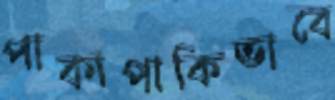
পাকাপাকিভাবে